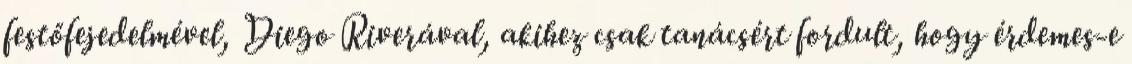
festőfejedelmével, Diego Riverával, akihez csak tanácsért fordult, hogy érdemes-e